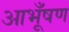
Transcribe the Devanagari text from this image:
आभूँषण